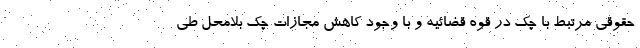
حقوقی مرتبط با چک در قوه قضائیه و با وجود کاهش مجازات چک بلامحل طی